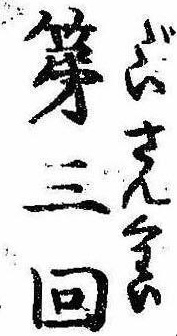
第三回